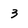
Character: 3